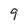
Character: 9